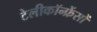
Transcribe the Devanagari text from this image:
टेलीकॉन्फ्रेंसों